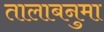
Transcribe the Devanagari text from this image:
तालाबनुमा